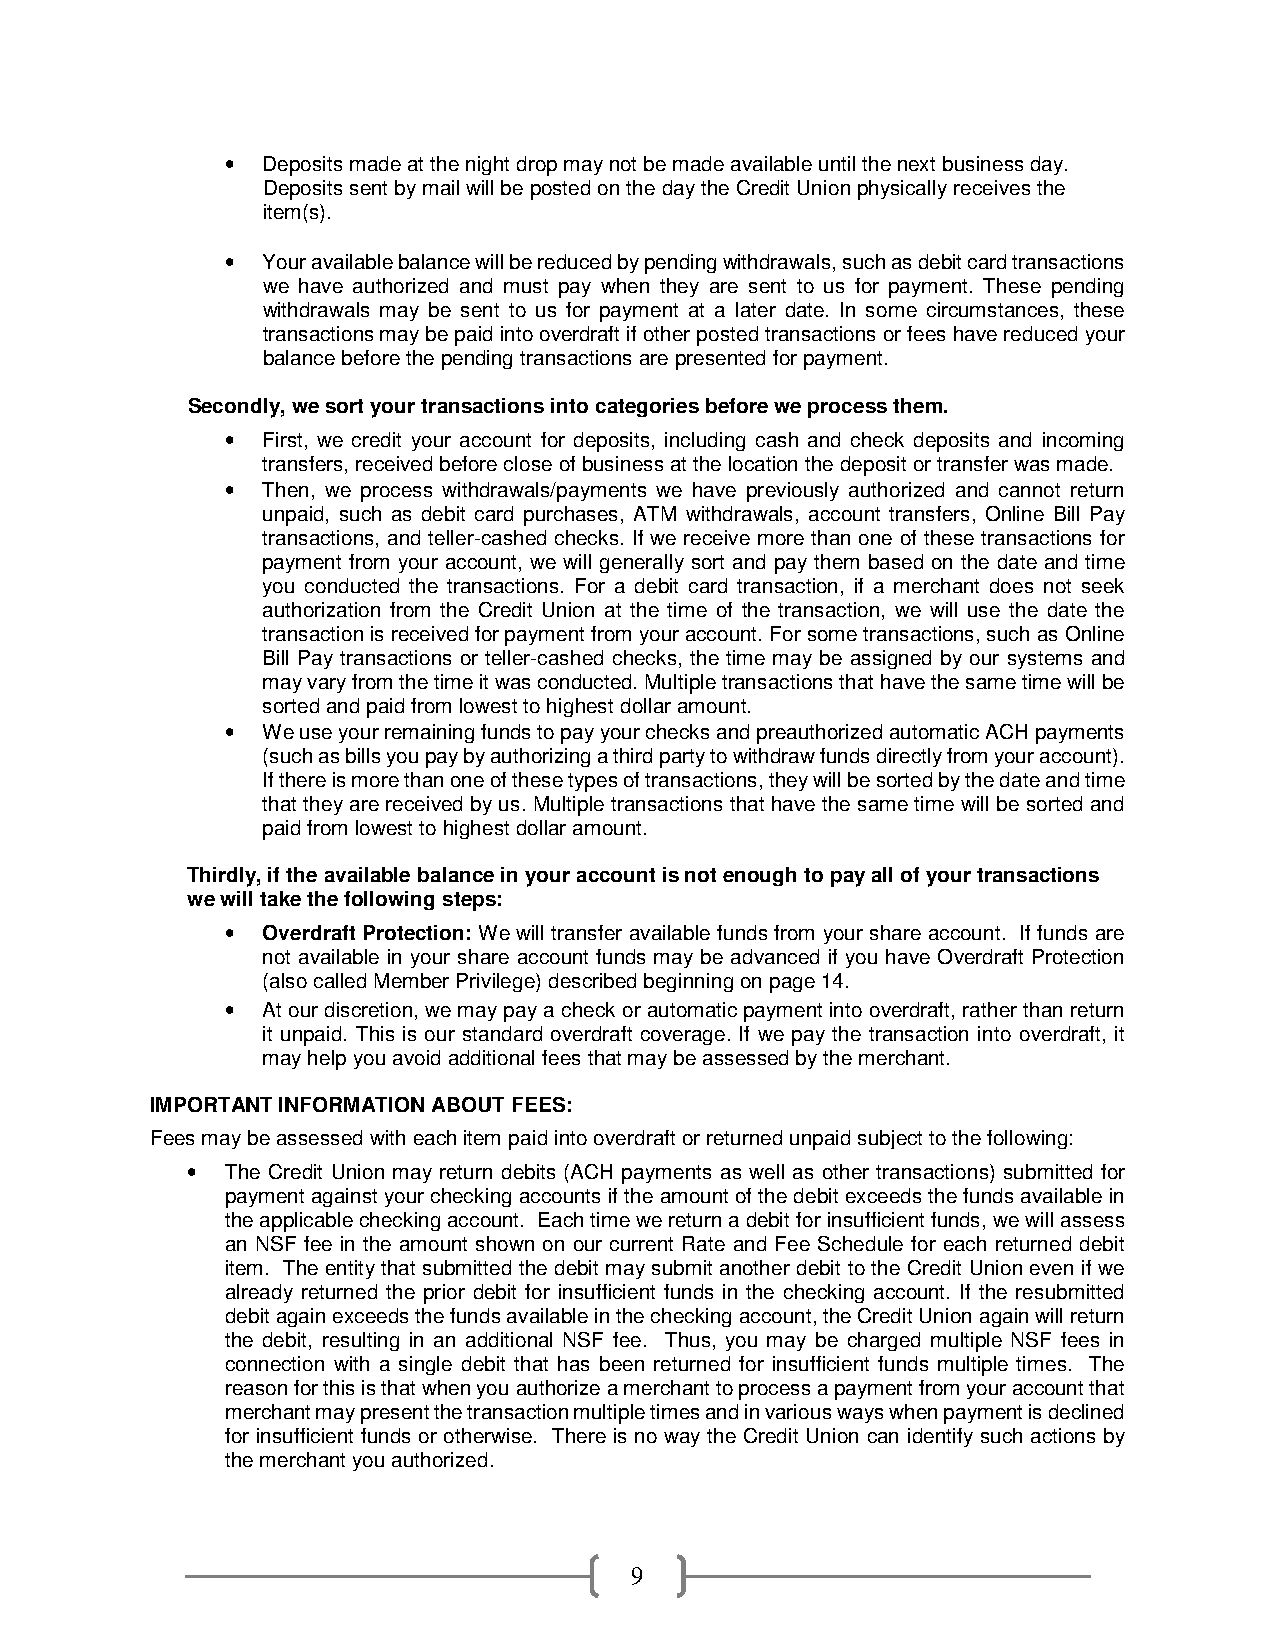
• Deposits made at the night drop may not be made available until the next business day.
 Deposits sent by mail will be posted on the day the Credit Union physically receives the
 item(s).
 • Your available balance will be reduced by pending withdrawals, such as debit card transactions
 we have authorized and must pay when they are sent to us for payment. These pending
 withdrawals may be sent to us for payment at a later date. In some circumstances, these
 transactions may be paid into overdraft if other posted transactions or fees have reduced your
 balance before the pending transactions are presented for payment.
 Secondly, we sort your transactions into categories before we process them.
 • First, we credit your account for deposits, including cash and check deposits and incoming
 transfers, received before close of business at the location the deposit or transfer was made.
 • Then, we process withdrawals/payments we have previously authorized and cannot return
 unpaid, such as debit card purchases, ATM withdrawals, account transfers, Online Bill Pay
 transactions, and teller-cashed checks. If we receive more than one of these transactions for
 payment from your account, we will generally sort and pay them based on the date and time
 you conducted the transactions. For a debit card transaction, if a merchant does not seek
 authorization from the Credit Union at the time of the transaction, we will use the date the
 transaction is received for payment from your account. For some transactions, such as Online
 Bill Pay transactions or teller-cashed checks, the time may be assigned by our systems and
 may vary from the time it was conducted. Multiple transactions that have the same time will be
 sorted and paid from lowest to highest dollar amount.
 • We use your remaining funds to pay your checks and preauthorized automatic ACH payments
 (such as bills you pay by authorizing a third party to withdraw funds directly from your account).
 If there is more than one of these types of transactions, they will be sorted by the date and time
 that they are received by us. Multiple transactions that have the same time will be sorted and
 paid from lowest to highest dollar amount.
 Thirdly, if the available balance in your account is not enough to pay all of your transactions
 we will take the following steps:
 • Overdraft Protection: We will transfer available funds from your share account. If funds are
 not available in your share account funds may be advanced if you have Overdraft Protection
 (also called Member Privilege) described beginning on page 14.
 • At our discretion, we may pay a check or automatic payment into overdraft, rather than return
 it unpaid. This is our standard overdraft coverage. If we pay the transaction into overdraft, it
 may help you avoid additional fees that may be assessed by the merchant.
 IMPORTANT INFORMATION ABOUT FEES:
 Fees may be assessed with each item paid into overdraft or returned unpaid subject to the following:
 •  The Credit Union may return debits (ACH payments as well as other transactions) submitted for
 payment against your checking accounts if the amount of the debit exceeds the funds available in
 the applicable checking account. Each time we return a debit for insufficient funds, we will assess
 an NSF fee in the amount shown on our current Rate and Fee Schedule for each returned debit
 item. The entity that submitted the debit may submit another debit to the Credit Union even if we
 already returned the prior debit for insufficient funds in the checking account. If the resubmitted
 debit again exceeds the funds available in the checking account, the Credit Union again will return
 the debit, resulting in an additional NSF fee. Thus, you may be charged multiple NSF fees in
 connection with a single debit that has been returned for insufficient funds multiple times. The
 reason for this is that when you authorize a merchant to process a payment from your account that
 merchant may present the transaction multiple times and in various ways when payment is declined
 for insufficient funds or otherwise. There is no way the Credit Union can identify such actions by
 the merchant you authorized.
 9